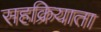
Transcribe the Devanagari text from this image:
सहक्रियाता